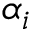
\alpha _ { i }